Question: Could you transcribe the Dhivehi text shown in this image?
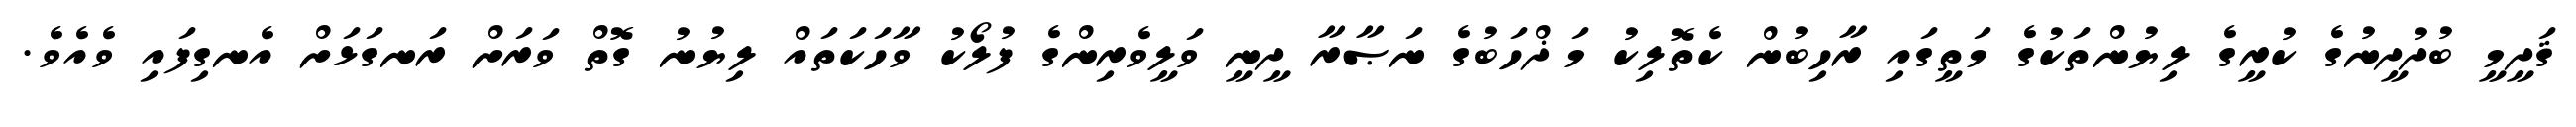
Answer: ޤަދީމީ ބުދުދީނުގެ ކުރީގެ ލިޔުންތަކުގެ މަތީގައި ރާހިބުން ކެތޮލިކު މަޛްހަބުގެ ނަޞާރާ ދީނީ ވަލީވެރިންގެ ފުލޯކު ވާހަކަތައް ލިޔުނު ގޮތް ވަރަށް ރަނގަޅަށް އެނގިފައި ވެއެވެ.